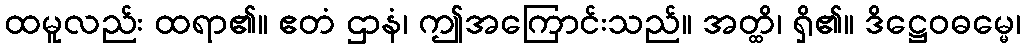
ထမူလည်း ထရာ၏။ ဧတံ ဌာနံ၊ ဤအကြောင်းသည်။ အတ္ထိ၊ ရှိ၏။ ဒိဋ္ဌေဝဓမ္မေ၊